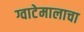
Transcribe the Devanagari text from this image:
ग्वाटेमालाचा